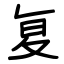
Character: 复